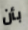
بأن